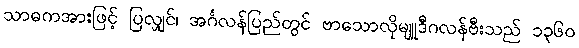
သာဓကအားဖြင့် ပြလျှင်၊ အင်္ဂလန်ပြည်တွင် ဗာသောလိုမျူဒီဂလန်ဗီးသည် ၁၃၆၀